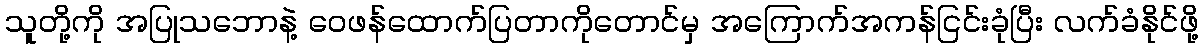
သူတို့ကို အပြုသဘောနဲ့ ဝေဖန်ထောက်ပြတာကိုတောင်မှ အကြောက်အကန်ငြင်းခုံပြီး လက်ခံနိုင်ဖို့